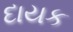
દાયક